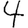
Digit: 4